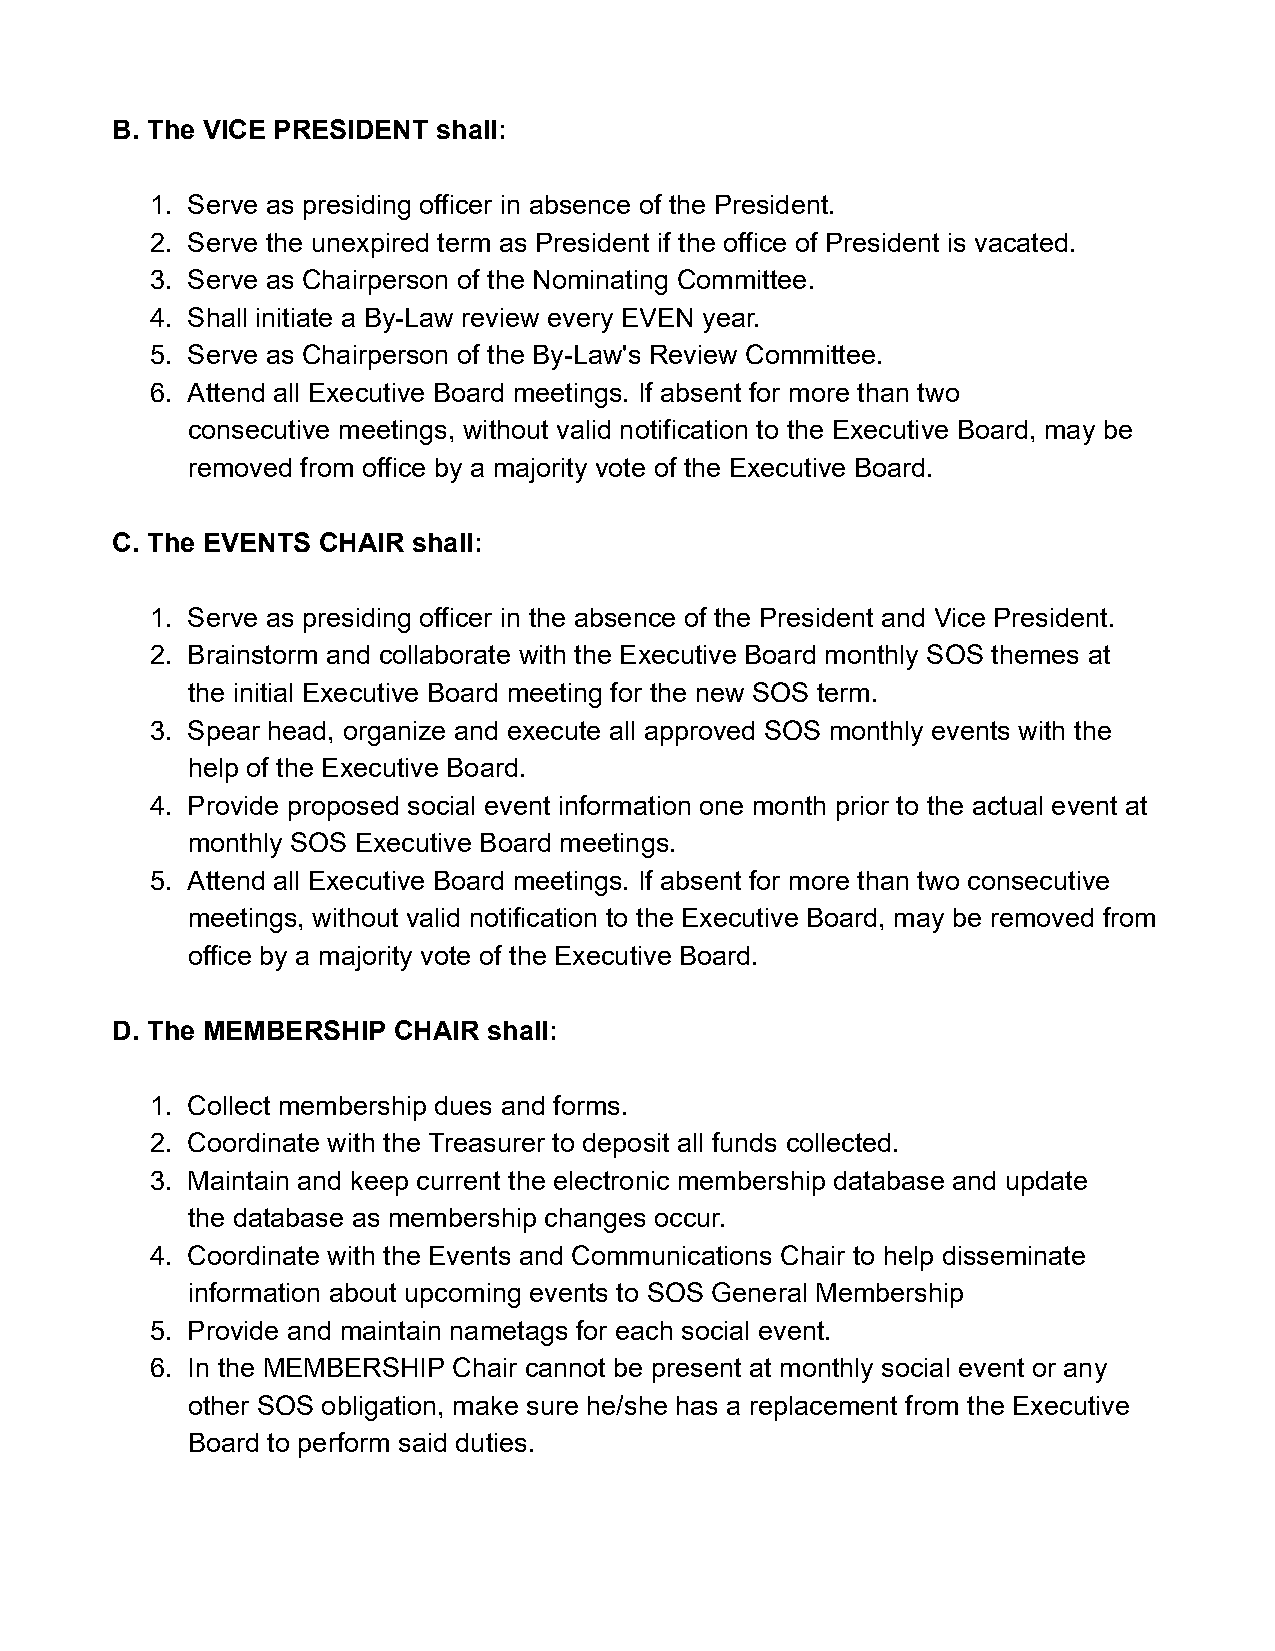
B. The VICE PRESIDENT shall:
 1. Serve as presiding officer in absence of the President.
 2. Serve the unexpired term as President if the office of President is vacated.
 3. Serve as Chairperson of the Nominating Committee.
 4. Shall initiate a By-Law review every EVEN year.
 5. Serve as Chairperson of the By-Law's Review Committee.
 6. Attend all Executive Board meetings. If absent for more than two
 consecutive meetings, without valid notification to the Executive Board, may be
 removed from office by a majority vote of the Executive Board.
 C. The EVENTS CHAIR shall:
 1. Serve as presiding officer in the absence of the President and Vice President.
 2. Brainstorm and collaborate with the Executive Board monthly SOS themes at
 the initial Executive Board meeting for the new SOS term.
 3. Spear head, organize and execute all approved SOS monthly events with the
 help of the Executive Board.
 4. Provide proposed social event information one month prior to the actual event at
 monthly SOS Executive Board meetings.
 5. Attend all Executive Board meetings. If absent for more than two consecutive
 meetings, without valid notification to the Executive Board, may be removed from
 office by a majority vote of the Executive Board.
 D. The MEMBERSHIP  CHAIR shall:
 1. Collect membership dues and forms.
 2. Coordinate with the Treasurer to deposit all funds collected.
 3. Maintain and keep current the electronic membership database and update
 the database as membership changes occur.
 4. Coordinate with the Events and Communications Chair to help disseminate
 information about upcoming events to SOS General Membership
 5. Provide and maintain nametags for each social event.
 6. In the MEMBERSHIP Chair cannot be present at monthly social event or any
 other SOS obligation, make sure he/she has a replacement from the Executive
 Board to perform said duties.